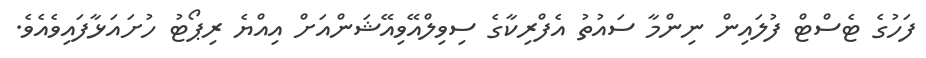
ފަހުގެ ޓެސްޓް ފުލައިން ނިންމާ ސައުތު އެފްރިކާގެ ސިވިލްއޭވިއޭޝަންއަށް އިއްޔެ ރިޕޯޓު ހުށައަޅާފައިވެއެވެ.